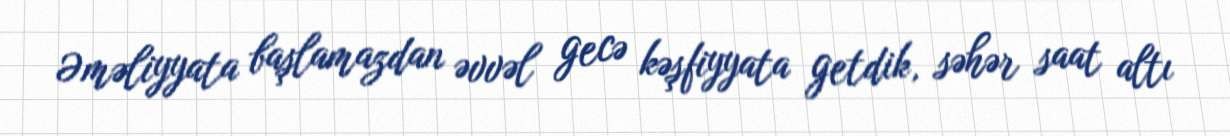
Əməliyyata başlamazdan əvvəl gecə kəşfiyyata getdik, səhər saat altı